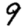
Digit: 9